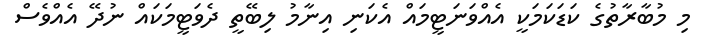
މި މުބާާރާތުގެ ކަޑަކަމަކީ އެއްވަނަޓީމައް އެކަނި އިނާމު ލިބޭތީ ދެވަޓީމަކައް ނުދޭ އެއްވެސް